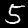
Digit: 5